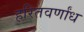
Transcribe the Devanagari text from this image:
हरितवर्णांध